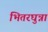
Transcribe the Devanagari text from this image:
भितरघुन्ना